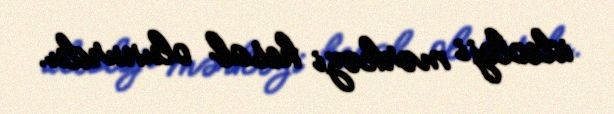
ideoloji mərkəzi hesab olunurdu.